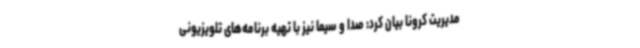
مدیریت کرونا بیان کرد: صدا و سیما نیز با تهیه برنامه‌های تلویزیونی